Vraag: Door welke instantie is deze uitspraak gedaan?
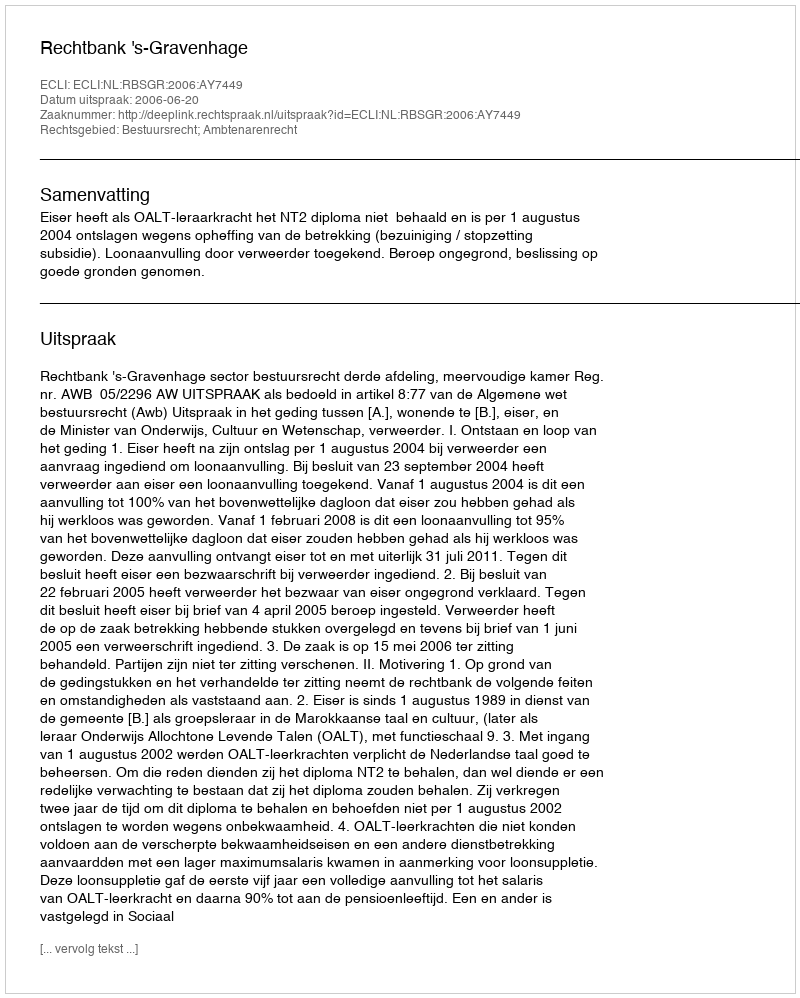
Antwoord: Rechtbank 's-Gravenhage